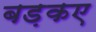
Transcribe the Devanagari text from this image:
बड़कए